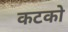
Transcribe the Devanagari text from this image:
कटको